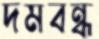
দমবন্ধ